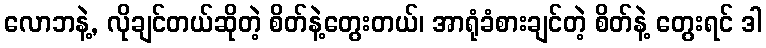
လောဘနဲ့, လိုချင်တယ်ဆိုတဲ့ စိတ်နဲ့တွေးတယ်၊ အာရုံခံစားချင်တဲ့ စိတ်နဲ့ တွေးရင် ဒါ